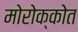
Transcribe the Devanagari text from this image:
मोरोक्कोत